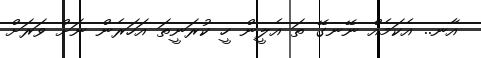
އާނ.. އެކަމެއް ނޭނގޭ ތަ އެލީން ހީ ކުރަނީތަ އަހަރެން ނަށް ވަރަށް